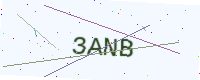
Text: 3ANB